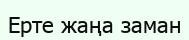
Ерте жаңа заман